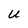
Character: U